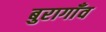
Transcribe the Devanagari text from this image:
बुरागाँव